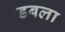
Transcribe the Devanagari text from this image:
डबला